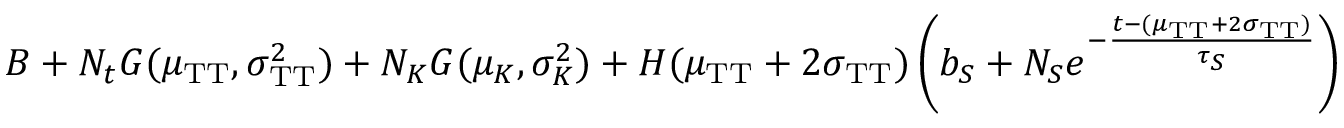
B + N _ { t } G ( \mu _ { \mathrm { T T } } , \sigma _ { \mathrm { T T } } ^ { 2 } ) + N _ { K } G ( \mu _ { K } , \sigma _ { K } ^ { 2 } ) + H ( \mu _ { \mathrm { T T } } + 2 \sigma _ { \mathrm { T T } } ) \left( b _ { S } + N _ { S } e ^ { - \frac { t - ( \mu _ { \mathrm { T T } } + 2 \sigma _ { \mathrm { T T } } ) } { \tau _ { S } } } \right)